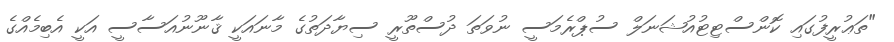
"ތަޢުރީފުގައި ކޮންސްޓިޓުއުޝަނަލް ސުޕްރެމަސީ ނުވަތަ ދުސްތޫރީ ސިޔާދަތުގެ މާނައަކީ ޤާނޫނުއަސާސީ އަކީ އެބިމެއްގެ